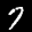
Label: 7